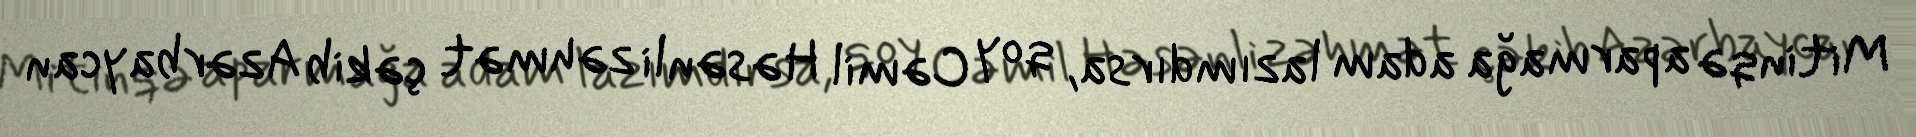
Mitinqə aparmağa adam lazımdırsa, qoy Cəmil Həsənli zəhmət çəkib Azərbaycan